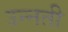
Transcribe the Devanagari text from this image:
उन्‍नती